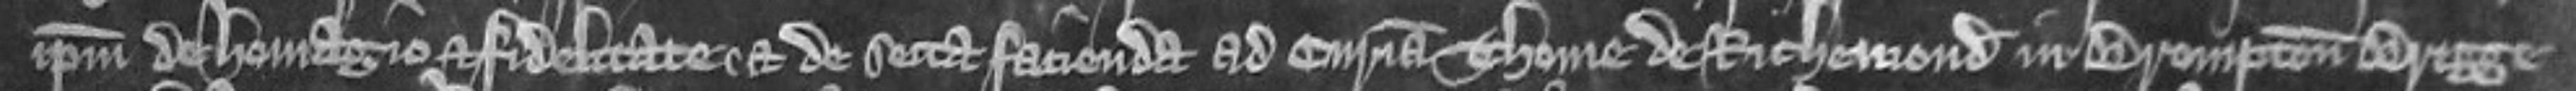
ipsum de homagio et fidelitate et de secta facienda ad curiam Thome de Richemond in Brompton Bregge